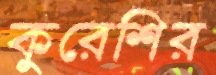
কুরেশির